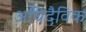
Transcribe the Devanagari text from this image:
अधिदैविक